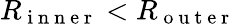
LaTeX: R_{\mathrm{~i~n~n~e~r~}}<R_{\mathrm{~o~u~t~e~r~}}